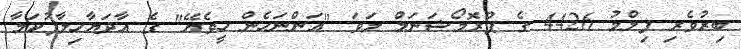
ބިރުވެރި ފިލްމު 4426 ގެ ޕްރޮމޯޝަނަލް ލަވަ "އަންނަހެން ހީވެޔޭ" ގެ އާދަޔާހިލާފުކަމާ